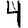
Digit: 4